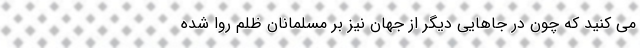
می کنید که چون در جاهایی دیگر از جهان نیز بر مسلمانان ظلم روا شده